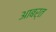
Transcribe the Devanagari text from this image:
आबर्त